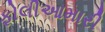
ફોલીઆમારી